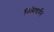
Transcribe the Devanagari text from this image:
निमिषार्धेन